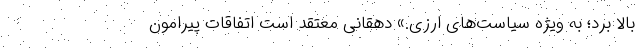
بالا برد؛ به ویژه سیاست‌های ارزی.» دهقانی معتقد است اتفاقات پیرامون